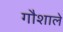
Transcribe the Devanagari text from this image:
गौशाले